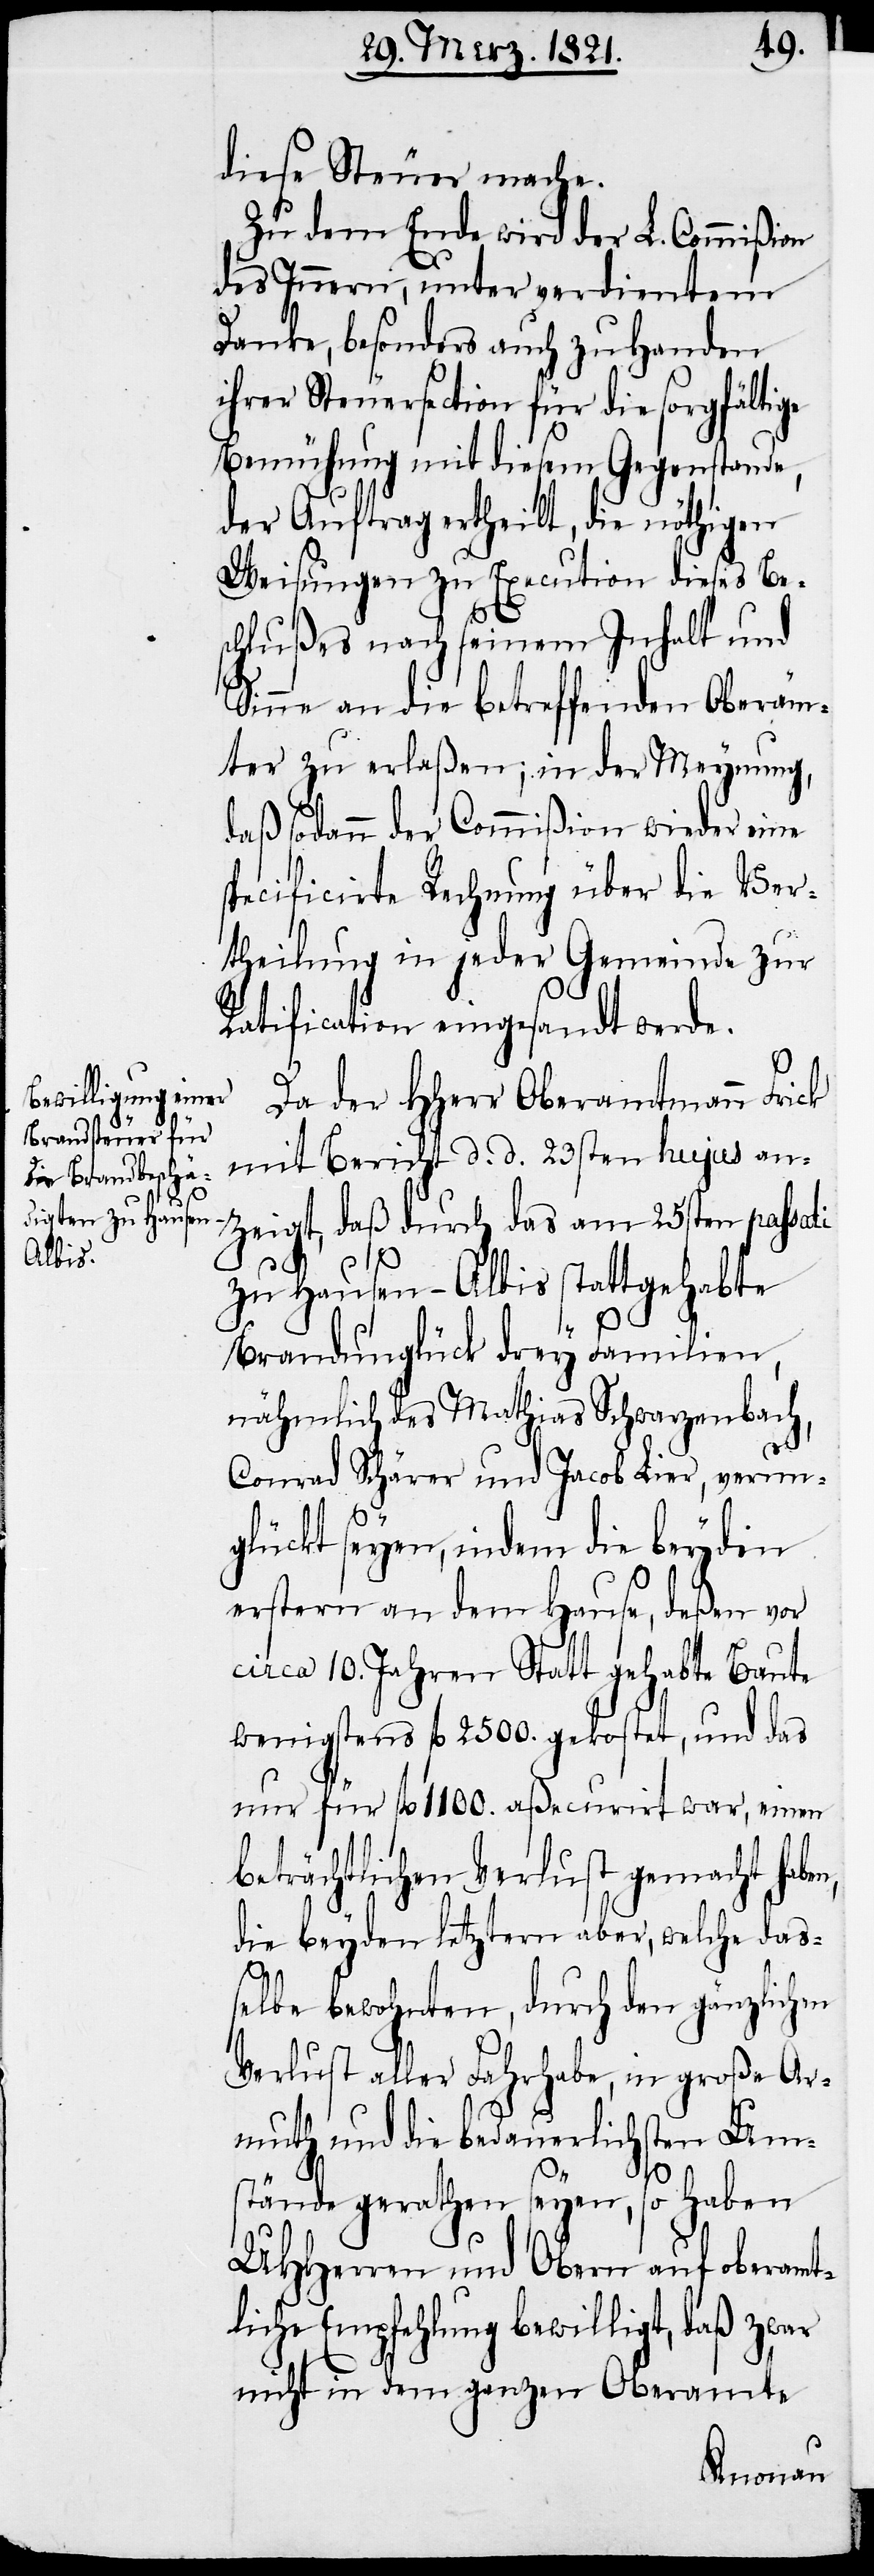
diese Steuer mache.
Zu dem Ende wird der L. Commißion
des Innern, unter verdientem
Danke, besonders auch zu Handen
ihrer Steuersection für die sorgfältige
Bemühung mit diesem Gegenstande,
der Auftrag ertheilt, die nöthigen
Weisungen zu Execution dieses Be¬
schlußes nach seinem Inhalt und
Sinne an die betreffenden Oberäm¬
ter zu erlaßen; in der Meynung,
daß sodann der Commißion wieder eine
specificirte Rechnung über die Ver¬
theilung in jeder Gemeinde zur
Ratification eingesandt werde.
Da der HHerr Oberamtmann Frick
mit Bericht d. d. 23sten hujus an¬
zeigt, daß durch das am 25sten passati
zu Hausen-Albis stattgehabte
Brandunglück drey Familien,
nähmlich des Mathias Schwarzenbach,
Conrad Schärer und Jacob Lier, verun¬
glückt seyen, indem die beyden
erstern an dem Hause, deßen vor
circa 10. Jahren Statt gehabte Baute
wenigstens fl. 2500. gekostet, und das
nur für fl. 1100. aßecurirt war, einen
beträchtlichen Verlust gemacht haben,
die beyden letztern aber, welche das¬
selbe bewohnten, durch den gänzlichen
Verlust aller Fahrhabe, in große Ar¬
muth und die bedauerlichsten Um¬
stände geraten seyen, so haben
UHHerren und Obern auf oberamt¬
liche Empfehlung bewilligt, daß zwar
nicht in dem ganzen Oberamte